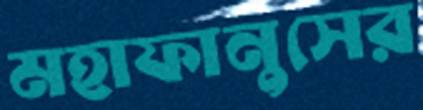
মহাফানুসের